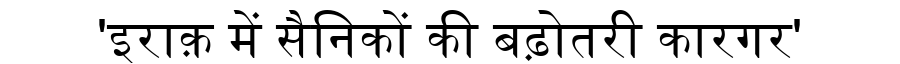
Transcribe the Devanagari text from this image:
'इराक़ में सैनिकों की बढ़ोतरी कारगर'